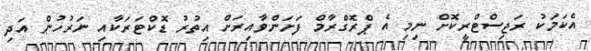
އެކަމަކު ރަޖިސްޓްރީކޮށް ނިމި އެ ޕްރޮގްރާމް ފަށަންވާއިރަށް އިތުރު ޑޮކްޓަރަކާއި ނަރުހުން އަދި